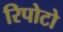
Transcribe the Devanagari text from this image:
रिपोटो